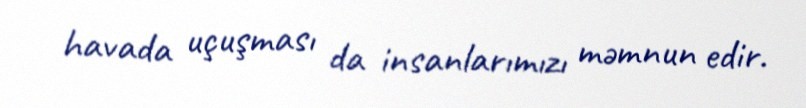
havada uçuşması da insanlarımızı məmnun edir.